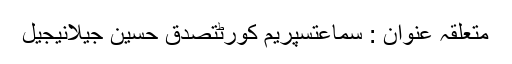
متعلقہ عنوان : سماعتسپریم کورٹتصدق حسین جیلانیجیل